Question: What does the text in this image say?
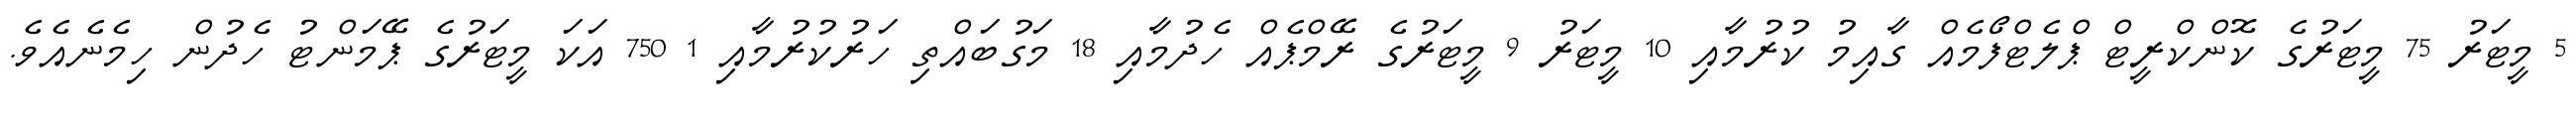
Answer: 5 މީޓަރު 75 މީޓަރުގެ ކޮންކްރީޓް ޕްލެޓްފޯމެއް ގާއިމު ކުރުމާއި 10 މީޓަރު 9 މީޓަރުގެ ރޭމްޕެއް ހެދުމާއި 18 މަގުބައްތި ހަރުކުރުމާއި 1 750 އަކަ މީޓަރުގެ ޕޭމަންޓު ހެދުން ހިމެނެއެވެ.